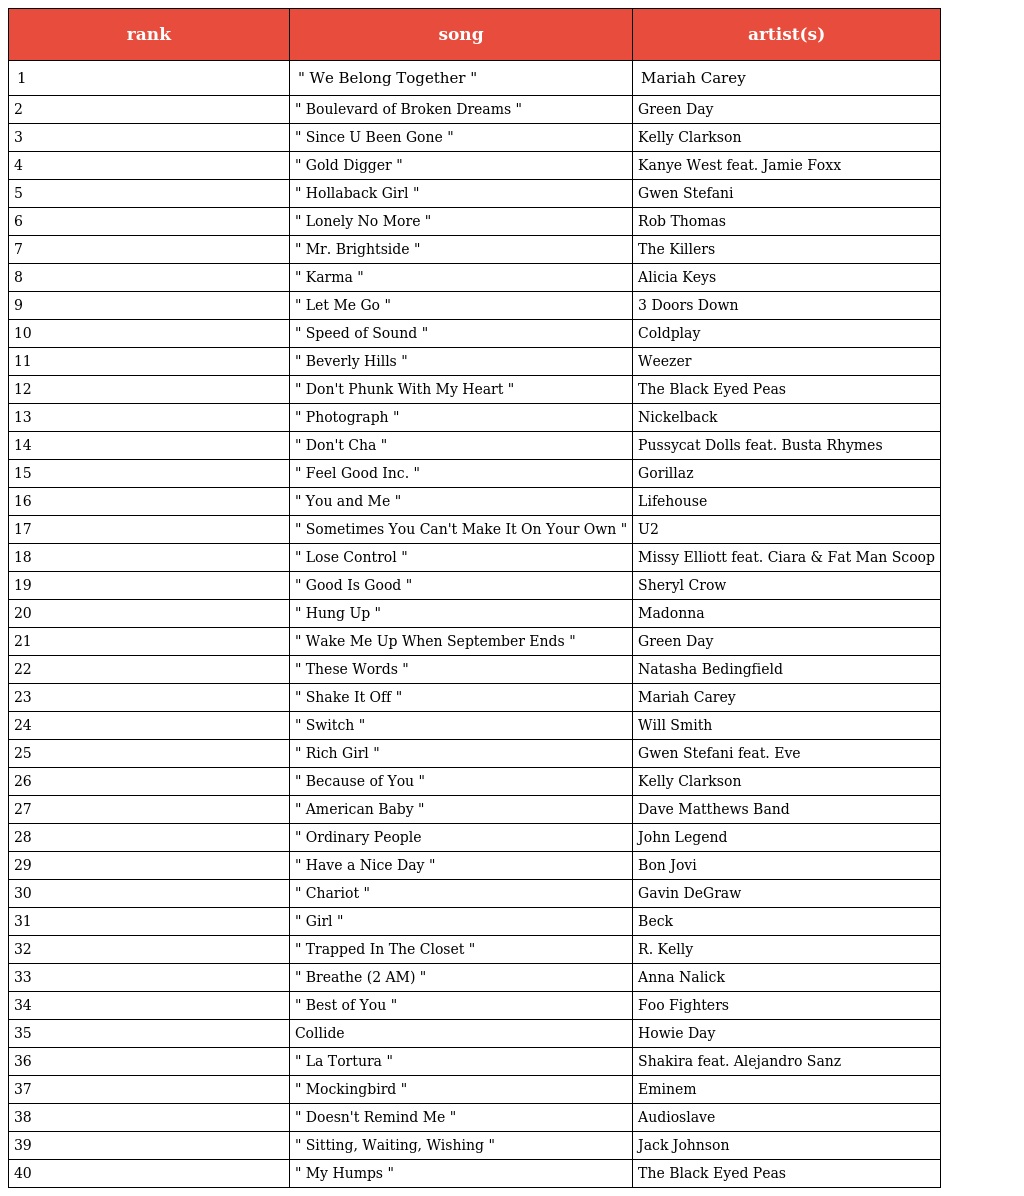
| rank | song | artist(s) |
 | --- | --- | --- |
 | 1 | " We Belong Together " | Mariah Carey |
 | 2 | " Boulevard of Broken Dreams " | Green Day |
 | 3 | " Since U Been Gone " | Kelly Clarkson |
 | 4 | " Gold Digger " | Kanye West feat. Jamie Foxx |
 | 5 | " Hollaback Girl " | Gwen Stefani |
 | 6 | " Lonely No More " | Rob Thomas |
 | 7 | " Mr. Brightside " | The Killers |
 | 8 | " Karma " | Alicia Keys |
 | 9 | " Let Me Go " | 3 Doors Down |
 | 10 | " Speed of Sound " | Coldplay |
 | 11 | " Beverly Hills " | Weezer |
 | 12 | " Don't Phunk With My Heart " | The Black Eyed Peas |
 | 13 | " Photograph " | Nickelback |
 | 14 | " Don't Cha " | Pussycat Dolls feat. Busta Rhymes |
 | 15 | " Feel Good Inc. " | Gorillaz |
 | 16 | " You and Me " | Lifehouse |
 | 17 | " Sometimes You Can't Make It On Your Own " | U2 |
 | 18 | " Lose Control " | Missy Elliott feat. Ciara & Fat Man Scoop |
 | 19 | " Good Is Good " | Sheryl Crow |
 | 20 | " Hung Up " | Madonna |
 | 21 | " Wake Me Up When September Ends " | Green Day |
 | 22 | " These Words " | Natasha Bedingfield |
 | 23 | " Shake It Off " | Mariah Carey |
 | 24 | " Switch " | Will Smith |
 | 25 | " Rich Girl " | Gwen Stefani feat. Eve |
 | 26 | " Because of You " | Kelly Clarkson |
 | 27 | " American Baby " | Dave Matthews Band |
 | 28 | " Ordinary People | John Legend |
 | 29 | " Have a Nice Day " | Bon Jovi |
 | 30 | " Chariot " | Gavin DeGraw |
 | 31 | " Girl " | Beck |
 | 32 | " Trapped In The Closet " | R. Kelly |
 | 33 | " Breathe (2 AM) " | Anna Nalick |
 | 34 | " Best of You " | Foo Fighters |
 | 35 | Collide | Howie Day |
 | 36 | " La Tortura " | Shakira feat. Alejandro Sanz |
 | 37 | " Mockingbird " | Eminem |
 | 38 | " Doesn't Remind Me " | Audioslave |
 | 39 | " Sitting, Waiting, Wishing " | Jack Johnson |
 | 40 | " My Humps " | The Black Eyed Peas |